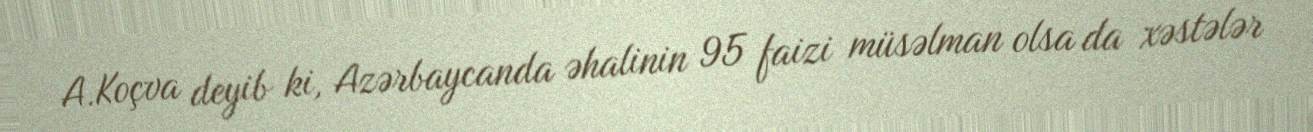
A.Koçva deyib ki, Azərbaycanda əhalinin 95 faizi müsəlman olsa da xəstələr